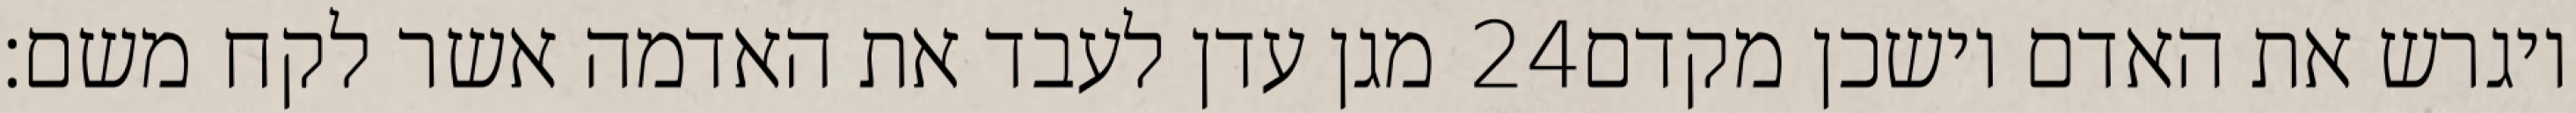
מגן עדן לעבד את האדמה אשר לקח משם׃ ‎24‏ ויגרש את האדם וישכן מקדם